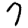
Digit: 7